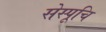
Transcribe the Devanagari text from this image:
सेस्पूचि